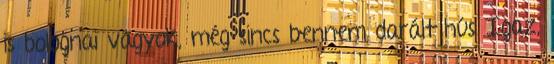
is bolognai vagyok, még sincs bennem darált hús Igaz,